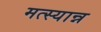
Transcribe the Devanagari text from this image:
मत्स्यान्न